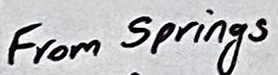
Text: From Springs